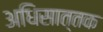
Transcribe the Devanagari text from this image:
अधिसात्तक